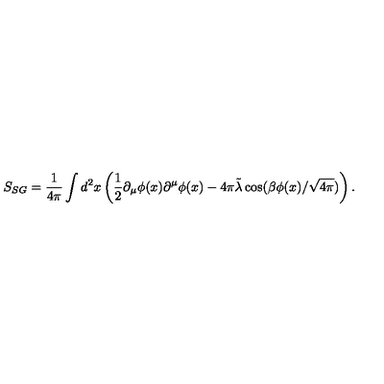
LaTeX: S _ { S G } = \frac { 1 } { 4 \pi } \int d ^ { 2 } x \left( \frac { 1 } { 2 } \partial _ { \mu } \phi ( x ) \partial ^ { \mu } \phi ( x ) - 4 \pi \tilde { \lambda } \cos ( \beta \phi ( x ) / \sqrt { 4 \pi } ) \right) .